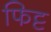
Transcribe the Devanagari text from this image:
फिट्ट